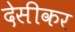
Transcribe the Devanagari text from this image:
देसीकर